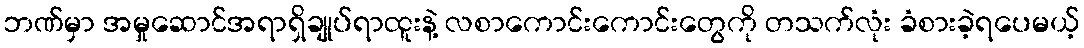
ဘဏ်မှာ အမှုဆောင်အရာရှိချုပ်ရာထူးနဲ့ လစာကောင်းကောင်းတွေကို တသက်လုံး ခံစားခဲ့ရပေမယ့်